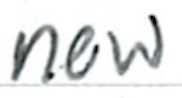
Text: new
Cross-out: clean
Writing tool: ballpoint